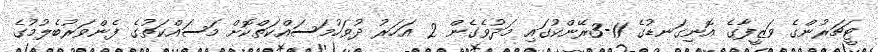
ޓީޗަރުންގެ ވަޒީފާގެ އޮނިގަނޑުގެ 11-3ރޭންކުގައި މަދުވެގެން 2 އަހަރު ދުވަހުމަސައްކަތްކޮށް މަސައްކަތުގެ ފެންވަރުބެލުމުގެ